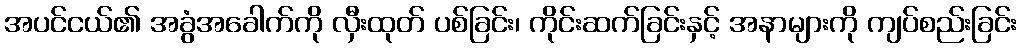
အပင်ငယ်၏ အခွံအခေါက်ကို လှီးထုတ် ပစ်ခြင်း၊ ကိုင်းဆက်ခြင်းနှင့် အနာများကို ကျပ်စည်းခြင်း